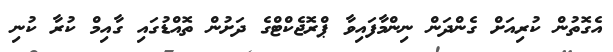
އެގޮތުން ކުރިއަށް ގެންދަން ނިންމާފައިވާ ޕްރޮޖެކްޓްގެ ދަށުން ތޮއްޑުގައި ގާއިމް ކުރާ ކުނި